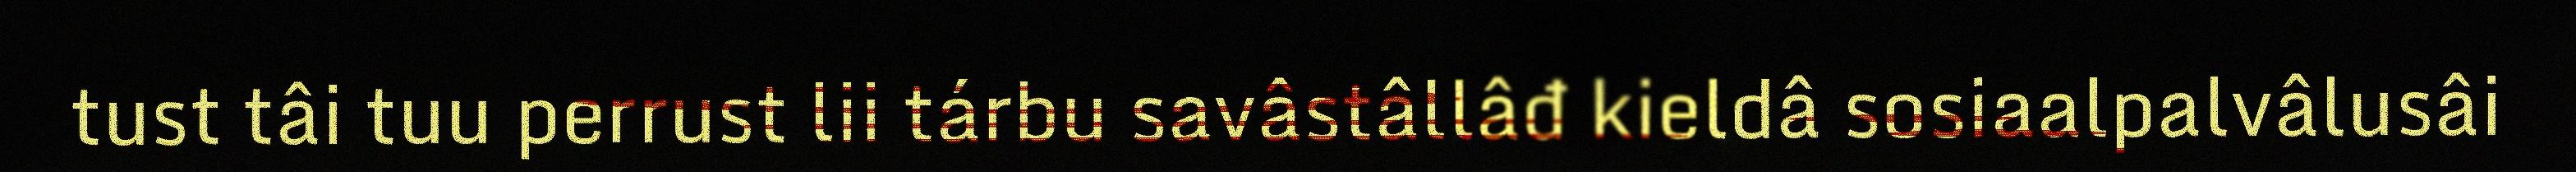
tust tâi tuu perrust lii tárbu savâstâllâđ kieldâ sosiaalpalvâlusâi